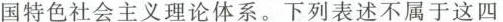
国特色社会主义理论体系。下列表述不属于这四